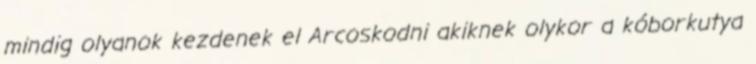
mindig olyanok kezdenek el Arcoskodni akiknek olykor a kóborkutya